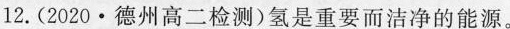
12.(2020·德州高二检测)氢是重要而洁净的能源。